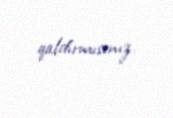
qaldırmısınız.